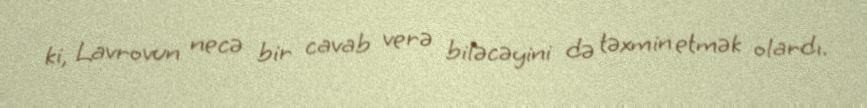
ki, Lavrovun necə bir cavab verə biləcəyini də təxmin etmək olardı.